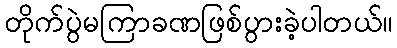
တိုက်ပွဲမကြာခဏဖြစ်ပွားခဲ့ပါတယ်။